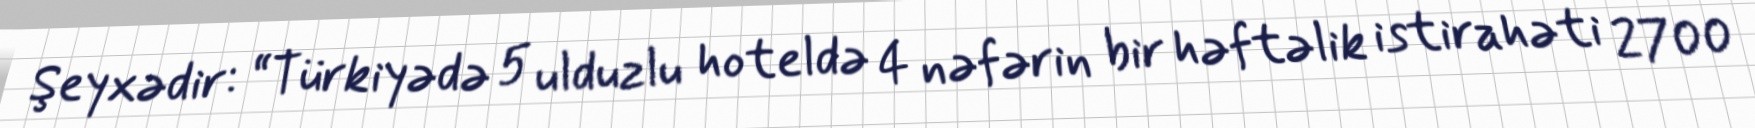
Şeyxədir: “Türkiyədə 5 ulduzlu hoteldə 4 nəfərin bir həftəlik istirahəti 2700